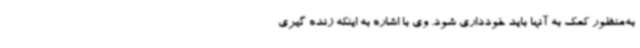
به‌منظور کمک به آنها باید خودداری شود. وی با اشاره به اینکه زنده گیری